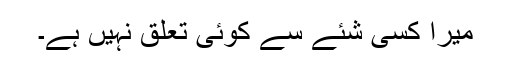
میرا کسی شئے سے کوئی تعلق نہیں ہے۔